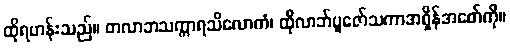
ထိုရဟန်းသည်။ တလာဘသက္ကာရသိလောကံ၊ ထိုလာဘ်ပူဇော်သကာအရှိန်အစော်ကို။